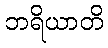
ဘရိယာတိ